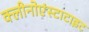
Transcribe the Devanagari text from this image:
क्लीनोएंस्टाटाइट